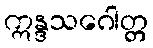
ဣန္ဒသဂေါတ္တ